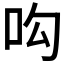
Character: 𠯜